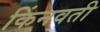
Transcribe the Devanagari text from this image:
किंनवती